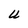
Character: U